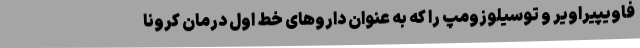
فاویپیراویر و توسیلوزومپ را که به عنوان داروهای خط اول درمان کرونا